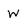
Character: w